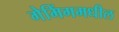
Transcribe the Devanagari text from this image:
गेमिंगमधील